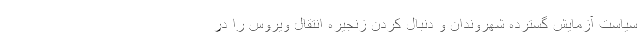
سیاست آزمایش گسترده شهروندان و دنبال کردن زنجیره انتقال ویروس را در